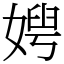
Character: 𡞲